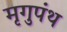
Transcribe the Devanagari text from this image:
मृगुपंथ